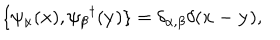
\{ \psi _ { \alpha } ( { \bf x } ) , \psi _ { \beta } { } ^ { \dagger } ( { \bf y } ) \} = \delta _ { \alpha , \beta } \delta ( { \bf x - y } ) ,